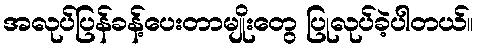
အလုပ်ပြန်ခန့်ပေးတာမျိုးတွေ ပြုလုပ်ခဲ့ပါတယ်။